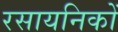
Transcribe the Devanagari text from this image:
रसायनिकों